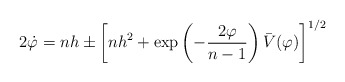
\begin{align*}2\dot \varphi =nh\pm \left[ nh^2+\exp \left( -\frac{2\varphi }{n-1}\right)\bar V(\varphi )\right] ^{1/2} \end{align*}